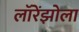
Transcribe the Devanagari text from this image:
लॉरेंझोला